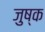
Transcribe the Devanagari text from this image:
जुष्क